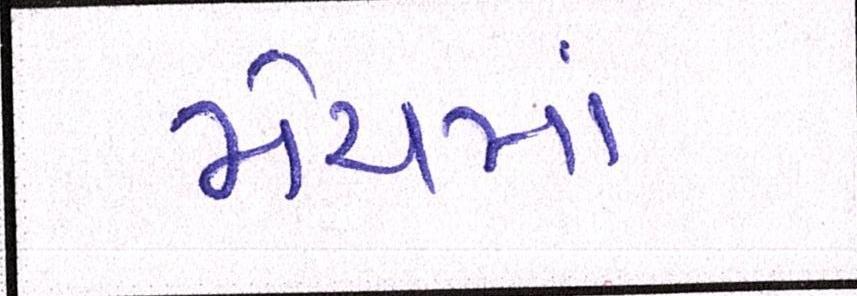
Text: મેચમાં